Vaccination in Bombay 1869-1873 - 1869-1873
Year: 1869
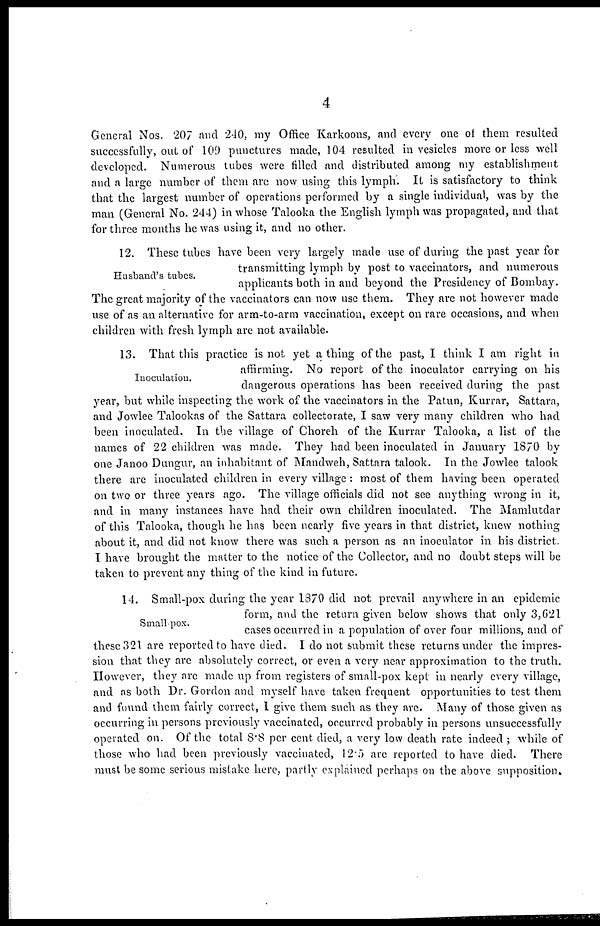
4
General Nos. 207 and 240, my Office Karkoons, and every one of them resulted
successfully, out of 109 punctures made, 104 resulted in vesicles more or less well
developed. Numerous tubes were filled and distributed among my establishment
and a large number of them are now using this lymph. It is satisfactory to think
that the largest number of operations performed by a single individual, was by the
man (General No. 244) in whose Talooka the English lymph was propagated, and that
for three months he was using it, and no other.
Husband's tubes.
12. These tubes have been very largely made use of during the past year for
transmitting lymph by post to vaccinators, and numerous
applicants both in and beyond the Presidency of Bombay.
The great majority of the vaccinators can now use them. They are not however made
use of as an alternative for arm-to-arm vaccination, except on rare occasions, and when
children with fresh lymph are not available.
Inoculation.
13. That this practice is not yet a thing of the past, I think I am right in
affirming. No report of the inoculator carrying on his
dangerous operations has been received during the past
year, but while inspecting the work of the vaccinators in the Patun, Kurrar, Sattara,
and Jowlee Talookas of the Sattara collectorate, I saw very many children who had
been inoculated. In the village of Choreh of the Kurrar Talooka, a list of the
names of 22 children was made. They had been inoculated in January 1870 by
one Janoo Dungur, an inhabitant of Mandweh, Sattara talook. In the Jowlee talook
there are inoculated children in every village : most of them having been operated
on two or three years ago. The village officials did not see anything wrong in it,
and in many instances have had their own children inoculated. The Mamlutdar
of this Talooka, though he has been nearly five years in that district, knew nothing
about it, and did not know there was such a person as an inoculator in his district.
I have brought the matter to the notice of the Collector, and no doubt steps will be
taken to prevent any thing of the kind in future.
Small pox.
14. Small-pox during the year 1870 did not prevail anywhere in an epidemic
form, and the return given below shows that only 3,621
cases occurred in a population of over four millions, and of
these 321 are reported to have died. I do not submit these returns under the impres-
sion that they are absolutely correct, or even a very near approximation to the truth.
However, they are made up from registers of small-pox kept in nearly every village,
and as both Dr. Gordon and myself have taken frequent opportunities to test them
and found them fairly correct, I give them such as they are. Many of those given as
occurring in persons previously vaccinated, occurred probably in persons unsuccessfully
operated on. Of the total 8.8 per cent died, a very low death rate indeed ; while of
those who had been previously vaccinated, 12.5 are reported to have died. There
must be some serious mistake here, partly explained perhaps on the above supposition.